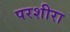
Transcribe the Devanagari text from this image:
परशीरा